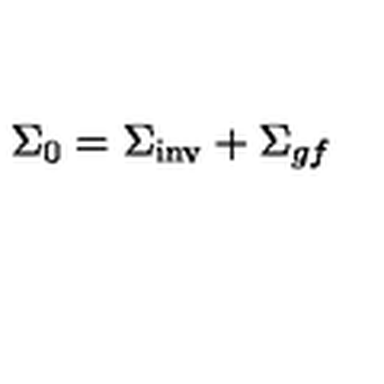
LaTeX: \Sigma _ { 0 } = { \Sigma } _ { \mathrm { i n v } } + { \Sigma } _ { g f }